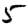
Digit: 5